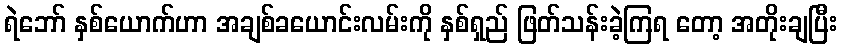
ရဲဘော် နှစ်ယောက်ဟာ အချစ်ခယောင်းလမ်းကို နှစ်ရှည် ဖြတ်သန်းခဲ့ကြရ တော့ အတိုးချပြီး